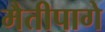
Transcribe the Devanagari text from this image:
मैतीपागे